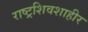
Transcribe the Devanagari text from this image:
राष्ट्रशिवशाहीर